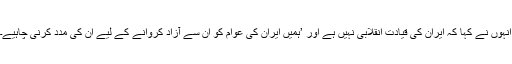
انہوں نے کہا کہ ایران کی قیادت انقلابی نہیں ہے اور ’ہمیں ایران کی عوام کو ان سے آزاد کروانے کے لیے ان کی مدد کرنی چاہیے۔